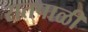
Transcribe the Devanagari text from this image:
रातपाळी